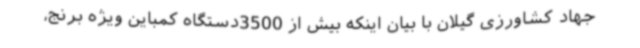
جهاد کشاورزی گیلان با بیان اینکه بیش از 3500دستگاه کمباین ویژه برنج،